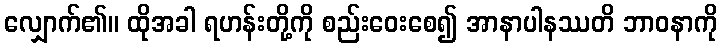
လျှောက်၏။ ထိုအခါ ရဟန်းတို့ကို စည်းဝေးစေ၍ အာနာပါနဿတိ ဘာဝနာကို